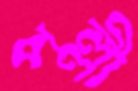
পল্লী